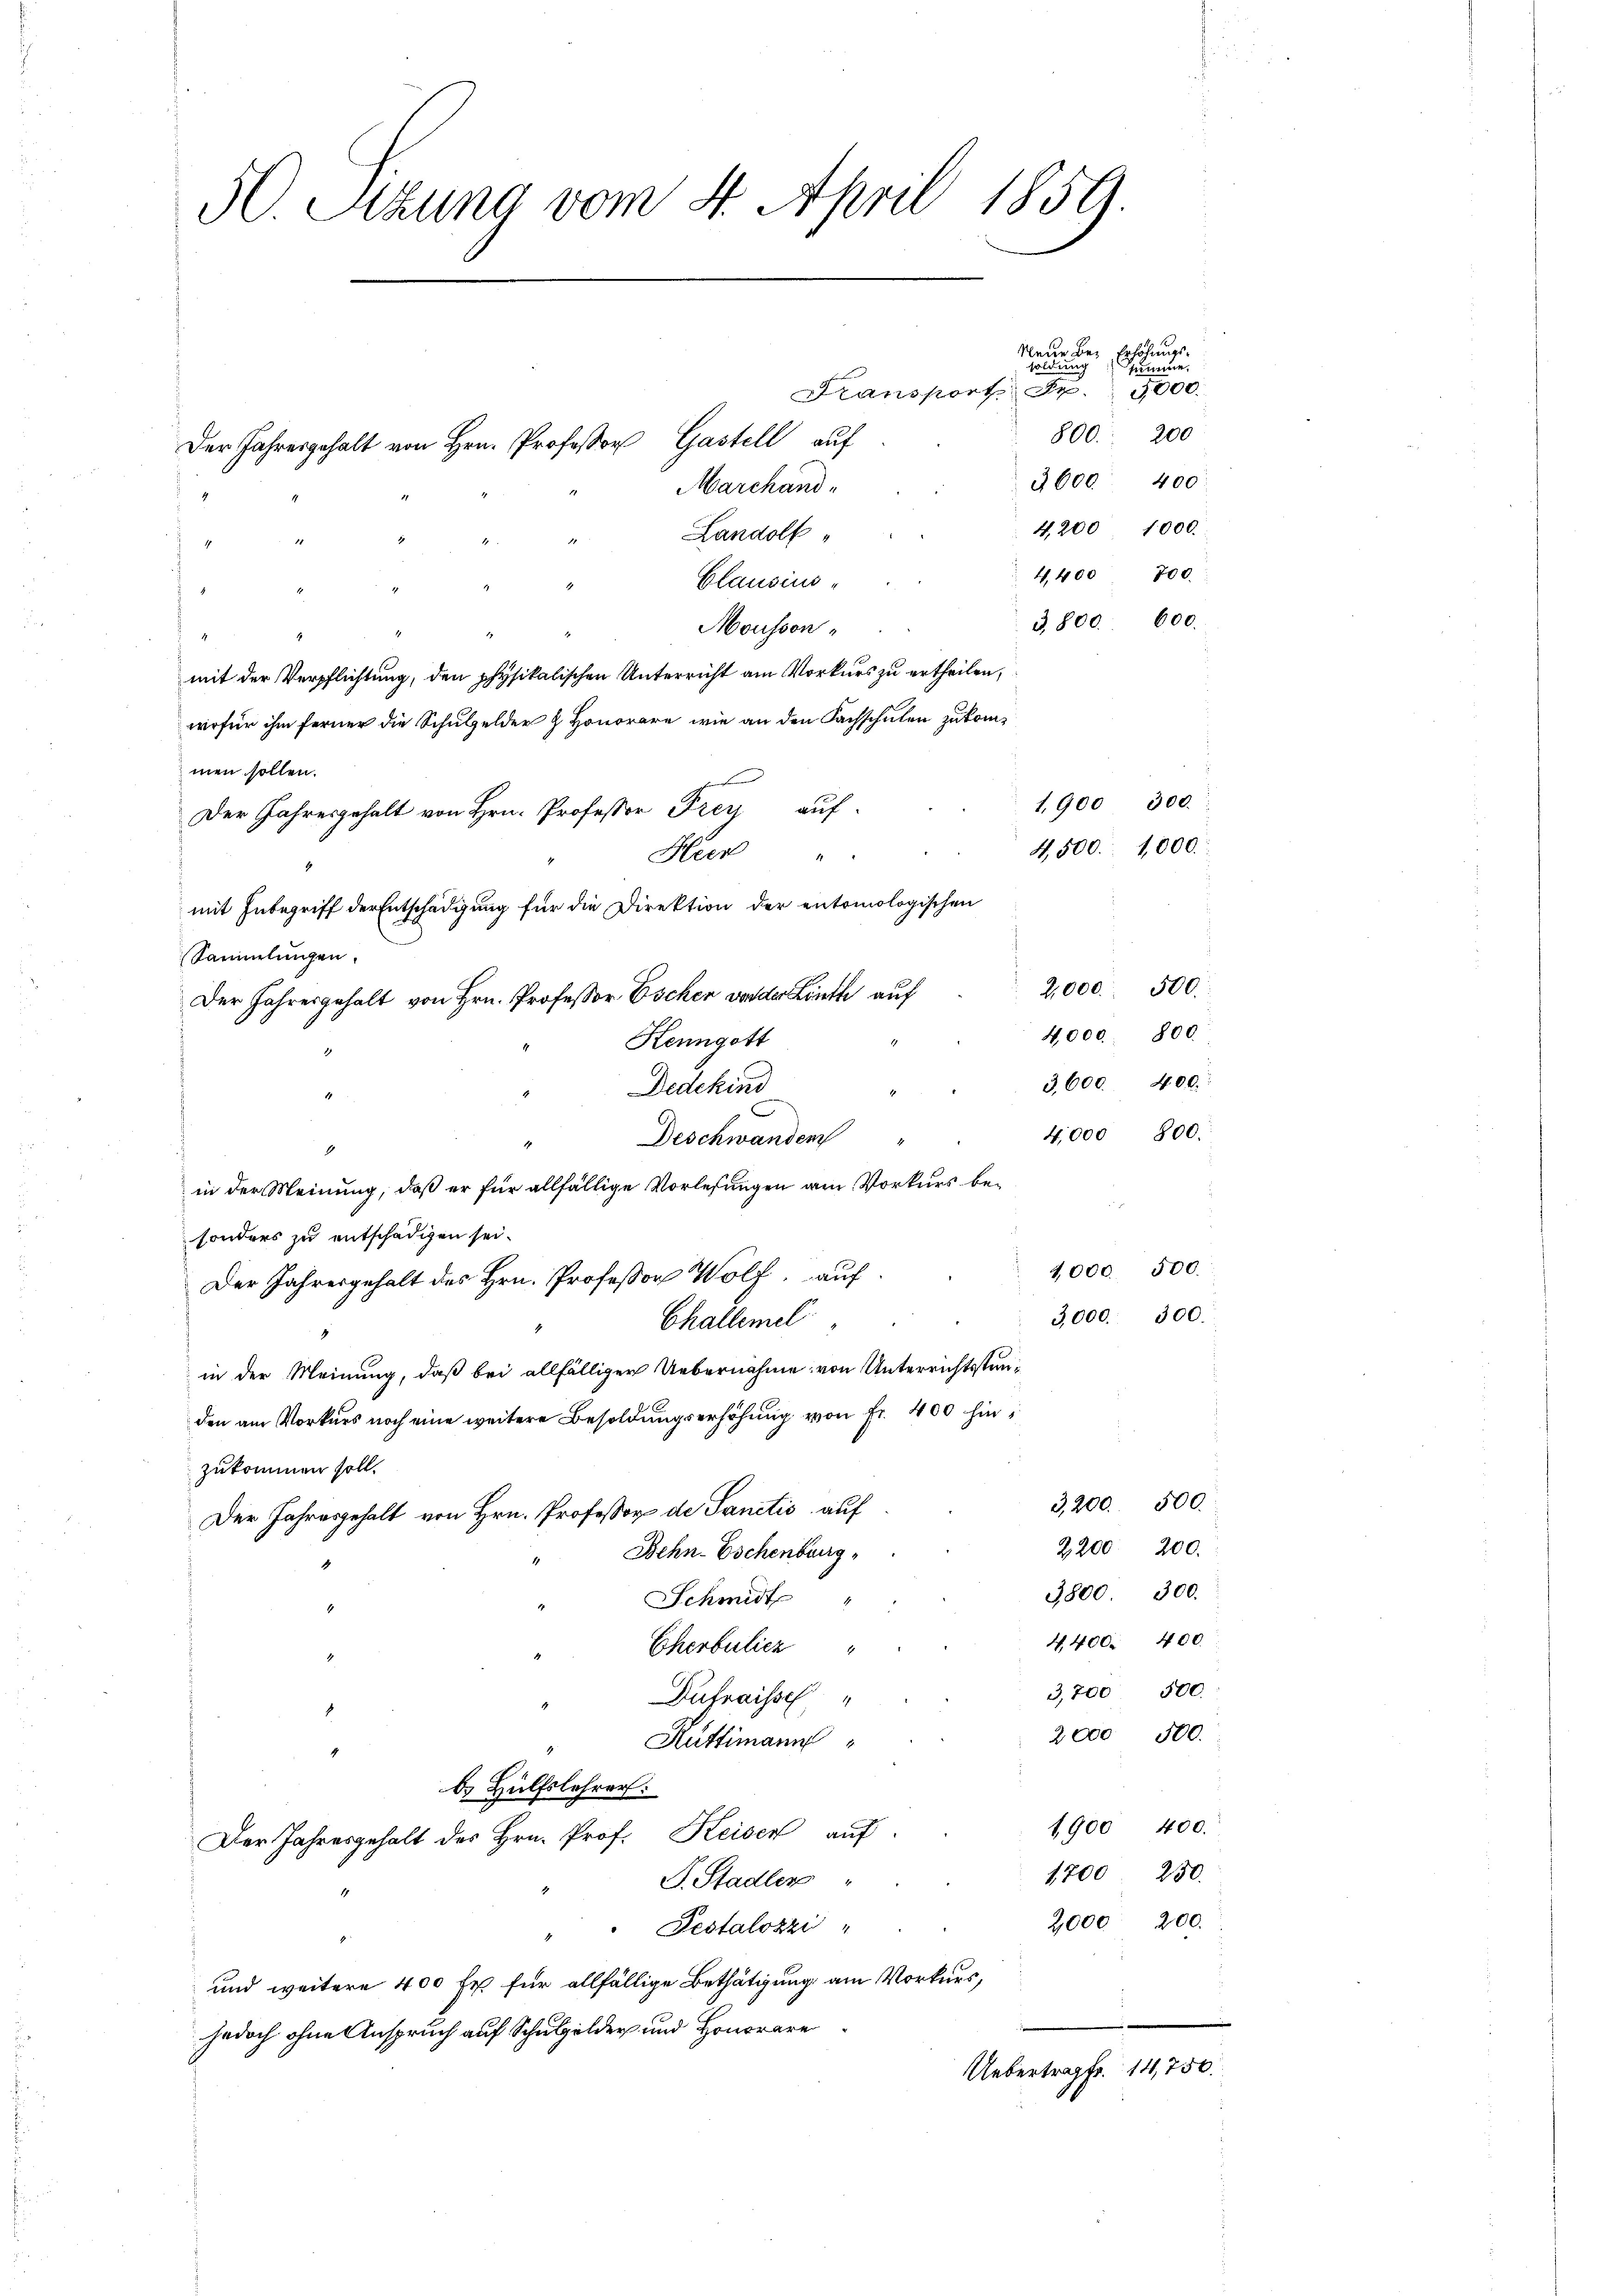
50 Sttung vom 4. April 1859.
1

Kransport Sr.
800. 200
3600. 400
Marchand-
4,200 1000.
Landolf
4,400 700.
Blausins
3800. 600.
Mousson,
mit der Verpflichtung, den physikalischen Unterricht am Vorkurs zu ertheilen,
wofür ihm ferner die Schulgelder & Honorare, wie an den Sachschulen zukommen sollen.
.
1,900 300.
Der Jahresgehalt von Hrn. Professor Frey auf
4,500. 1000.
Heer
f
mit Inbegriff der Entschädigung für die Direktion der entomologischen
Sammlungen.
2,000. 500.
Der Jahresgehalt von Hrn. Professor Escher vor der Linth auf
4,000. 800
Henngott
3,600. 400.
Dedekind
4,000 800.
Deschwanden
in der Meinung, daß er für allfällige Vorlesungen am Vorkurs besonders zu entschädigen sei.
4,000. 500.
Der Jahresgehalt des Hrn. Professor Wolf, auf
3,000. 300.
Challemel
in der Meinung, daß bei allfälliger Uebernahme von Unterrichtsstunden am Vorkurs noch eine weitere Besoldungserhöhung von Fr. 400 hinzukommen soll.
3,200. 500.
Der Jahresgehalt von Hrn. Professor de Sanctis auf
2,200. 200.
Behn-Eschenburg,
3800. 300.
Schmidt
4. 400. 400.
Cherbulier
3,700 500.
Dufraissch
2000 500.
Rüttimann
b. Hülfslehrer:
1900 400.
Der Jahresgehalt des Hrn. Prof. Keisen auf
1,700. 250.
F. Stadler "
2,000 200.
Pestalozzi
und weitere 400 fr. für allfällige Bethätigung am Vorkurs,
jedoch ohne Anspruch auf Schulgelder und Honorare
Uebertrag fr. 14,750.

Der Jahresgehalt von Hrn. Professor Gastell auf

Neue bey Erhöhungssoldung summe.
1000.